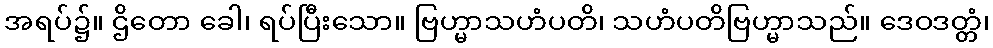
အရပ်၌။ ဌိတော ခေါ၊ ရပ်ပြီးသော။ ဗြဟ္မာသဟံပတိ၊ သဟံပတိဗြဟ္မာသည်။ ဒေဝဒတ္တံ၊